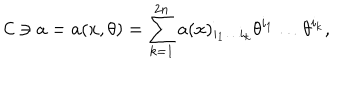
{ \cal C } \ni a = a ( x , \theta ) = \sum _ { k = 1 } ^ { 2 n } a ( x ) _ { i _ { 1 } \ldots i _ { k } } \theta ^ { i _ { 1 } } \ldots \theta ^ { i _ { k } } ,